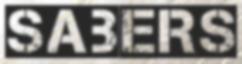
SABERS